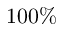
1 0 0 \%